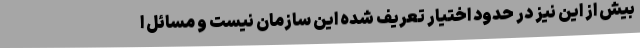
بیش از این نیز در حدود اختیار تعریف شده این سازمان نیست و مسائل ا